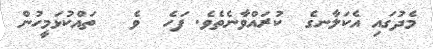
މެދުގައި އެކަލާނގެ  ކުރައްވާނެތެވެ. ފަހެ  ވެ   ތައްކުޅަމީހުން